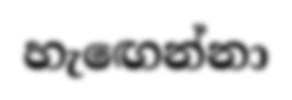
හැඟෙන්නා